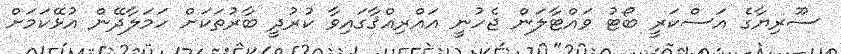
ސޫރިޔާގެ އަސްކަރީ ބޯޓު ވައްޓާލަން ޖެހުނީ އައްރިއްޤާގައިވާ ކުރުދީ ބާރުތަކަށް ހަމަލާދޭން އުޅޭކަމަށް